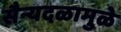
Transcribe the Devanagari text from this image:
सैन्यदळामुळे